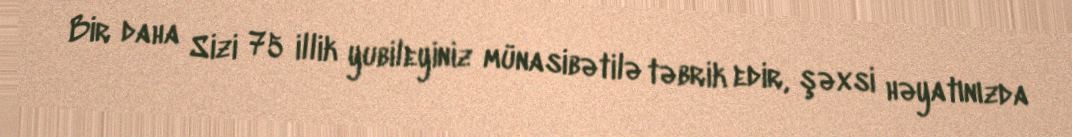
Bir daha Sizi 75 illik yubileyiniz münasibətilə təbrik edir, şəxsi həyatınızda